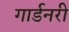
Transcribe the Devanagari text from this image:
गार्डनरी